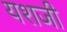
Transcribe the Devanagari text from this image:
यशजी